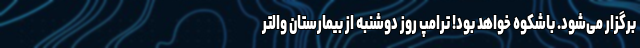
برگزار می‌شود. باشکوه خواهد بود! ترامپ روز دوشنبه از بیمارستان والتر